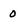
Character: 0